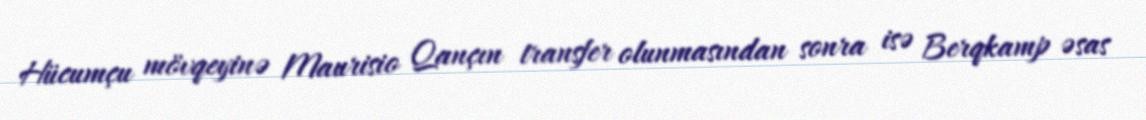
Hücumçu mövqeyinə Maurisio Qançın transfer olunmasından sonra isə Berqkamp əsas